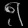
Digit: ၅